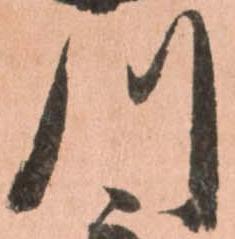
川